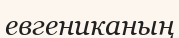
евгениканың